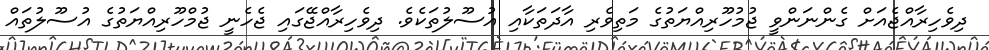
ދިވެހިރާއްޖެއަށް ގެންނަންވީ ޖުމުހޫރިއްޔަތުގެ މަތިވެރި އާދަތަކާއި އުސޫލުތަކެވެ. ދިވެހިރާއްޖޭގައި ޖެހެނީ ޖުމްހޫރިއްޔަތުގެ އުސޫލުތައް